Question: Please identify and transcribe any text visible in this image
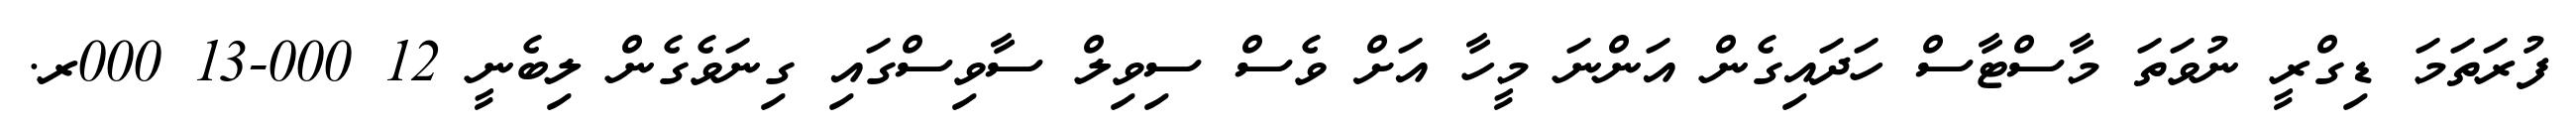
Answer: ފުރަތަމަ ޑިގްރީ ނުވަތަ މާސްޓާސް ހަދައިގެން އަންނަ މީހާ އަށް ވެސް ސިވިލް ސާވިސްގައި ގިނަވެގެން ލިބެނީ 12 000-13 000ރ.